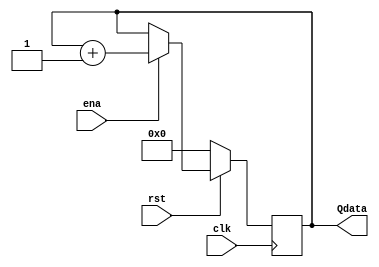
module contador4bits(
input clk, rst, ena,
output reg [3:0] Qdata
);


always@(posedge clk)
begin
	if(!rst)
		Qdata <= 4'd0;
	else
		begin
			if(ena)
				Qdata <= Qdata + 1'b1;
			else
				Qdata <= Qdata;
		end
end
endmodule